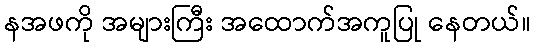
နအဖကို အများကြီး အထောက်အကူပြု နေတယ်။